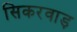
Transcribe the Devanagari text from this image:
सिकरवाड़